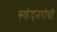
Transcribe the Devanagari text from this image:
स्कंदनरोधी